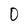
Character: 0